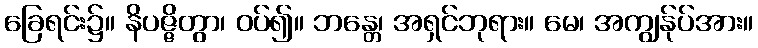
ခြေရင်း၌။ နိပဇ္ဇိတွာ၊ ဝပ်၍။ ဘန္တေ၊ အရှင်ဘုရား။ မေ၊ အကျွန်ုပ်အား။